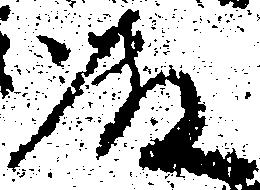
殿